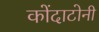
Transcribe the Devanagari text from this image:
कोंदाटोनी